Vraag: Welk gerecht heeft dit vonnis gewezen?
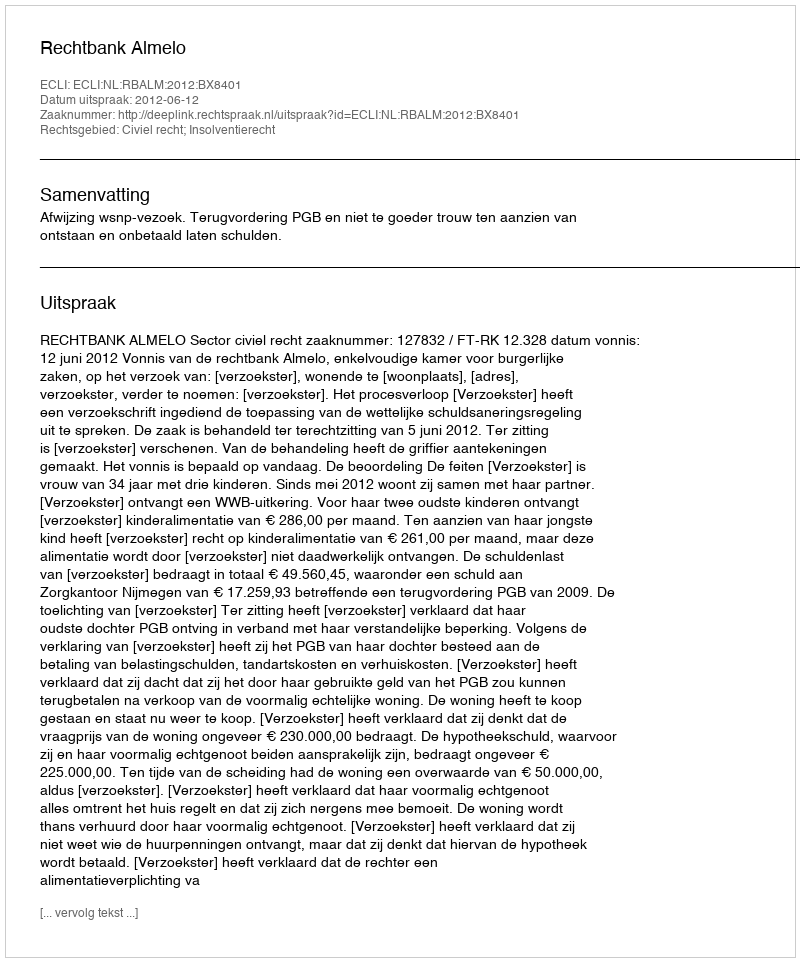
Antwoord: Rechtbank Almelo